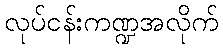
လုပ်ငန်းကဏ္ဍအလိုက်